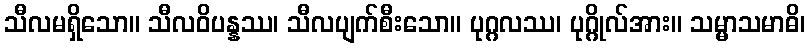
သီလမရှိသော။ သီလဝိပန္နဿ၊ သီလပျက်စီးသော။ ပုဂ္ဂလဿ၊ ပုဂ္ဂိုလ်အား။ သမ္မာသမာဓိ၊